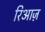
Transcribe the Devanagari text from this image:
रिआज़